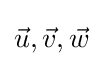
{\vec {u}},{\vec {v}},{\vec {w}}